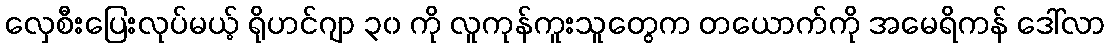
လှေစီးပြေးလုပ်မယ့် ရိုဟင်ဂျာ ၃၀ ကို လူကုန်ကူးသူတွေက တယောက်ကို အမေရိကန် ဒေါ်လာ